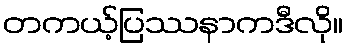
တကယ့်ပြဿနာကဒီလို။